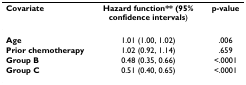
<table><thead><tr><td><b>Covariate</b></td><td><b>Hazard function** (95% confidence intervals)</b></td><td><b>p-value</b></td></tr></thead><tbody><tr><td><b>Age</b></td><td>1.01 (1.00, 1.02)</td><td>.006</td></tr><tr><td><b>Prior chemotherapy</b></td><td>1.02 (0.92, 1.14)</td><td>.659</td></tr><tr><td><b>Group B</b></td><td>0.48 (0.35, 0.66)</td><td>&lt;.0001</td></tr><tr><td><b>Group C</b></td><td>0.51 (0.40, 0.65)</td><td>&lt;.0001</td></tr></tbody></table>